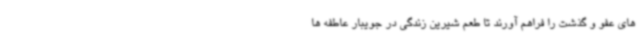
های عفو و گذشت را فراهم آورند تا طعم شیرین زندگی در جویبار عاطفه ها